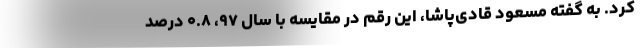
کرد. به گفته مسعود قادی‌پاشا، این رقم در مقایسه با سال ۹۷، ۰.۸ درصد